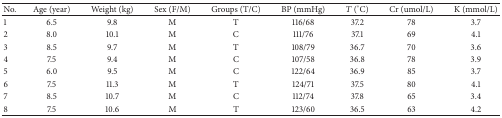
<table><thead><tr><td><b>No.</b></td><td><b>Age (year)</b></td><td><b>Weight (kg)</b></td><td><b>Sex (F/M)</b></td><td><b>Groups (T/C)</b></td><td><b>BP (mmHg)</b></td><td><b><i>T</i> (°C)</b></td><td><b>Cr (umol/L)</b></td><td><b>K (mmol/L)</b></td></tr></thead><tbody><tr><td>1</td><td>6.5</td><td>9.8</td><td>M</td><td>T</td><td>116/68</td><td>37.2</td><td>78</td><td>3.7</td></tr><tr><td>2</td><td>8.0</td><td>10.1</td><td>M</td><td>C</td><td>111/76</td><td>37.1</td><td>69</td><td>4.1</td></tr><tr><td>3</td><td>8.5</td><td>9.7</td><td>M</td><td>T</td><td>108/79</td><td>36.7</td><td>70</td><td>3.6</td></tr><tr><td>4</td><td>7.5</td><td>9.4</td><td>M</td><td>C</td><td>107/58</td><td>36.8</td><td>78</td><td>3.9</td></tr><tr><td>5</td><td>6.0</td><td>9.5</td><td>M</td><td>C</td><td>122/64</td><td>36.9</td><td>85</td><td>3.7</td></tr><tr><td>6</td><td>7.5</td><td>11.3</td><td>M</td><td>T</td><td>124/71</td><td>37.5</td><td>80</td><td>4.1</td></tr><tr><td>7</td><td>8.5</td><td>10.7</td><td>M</td><td>C</td><td>112/74</td><td>37.8</td><td>65</td><td>3.4</td></tr><tr><td>8</td><td>7.5</td><td>10.6</td><td>M</td><td>T</td><td>123/60</td><td>36.5</td><td>63</td><td>4.2</td></tr></tbody></table>